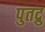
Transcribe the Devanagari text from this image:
पुतद्रु